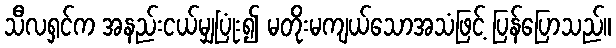
သီလရှင်က အနည်းငယ်မျှပြုံး၍ မတိုးမကျယ်သောအသံဖြင့် ပြန်ပြောသည်။